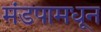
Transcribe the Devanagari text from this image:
मंडपामधून